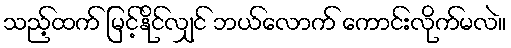
သည့်ထက် မြင့်နိုင်လျှင် ဘယ်လောက် ကောင်းလိုက်မလဲ။